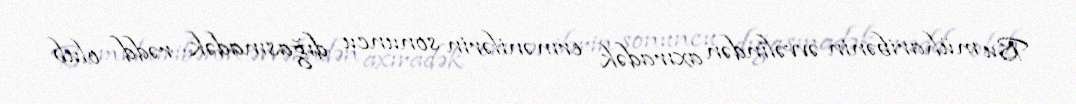
Bu müharibənin əvvəlindən axıradək ermənilərin sonuncu dığasınadək rədd olub